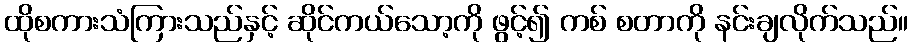
ထိုစကားသံကြားသည်နှင့် ဆိုင်ကယ်သော့ကို ဖွင့်၍ ကစ် စတာကို နင်းချလိုက်သည်။